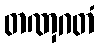
တဏှဂတံ